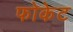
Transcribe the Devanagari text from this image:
फोकेट